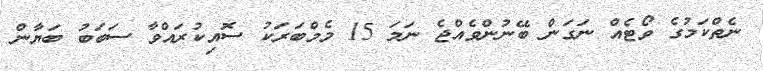
ނެތްކަމުގެ ވޯޓެއް ނަގަން ބޭނުންވެއްޖެ ނަމަ 15 މެމްބަރަކު ސޮއިކުރައްވާ ސަބަބު ބަޔާން